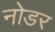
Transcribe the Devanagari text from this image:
नोडर